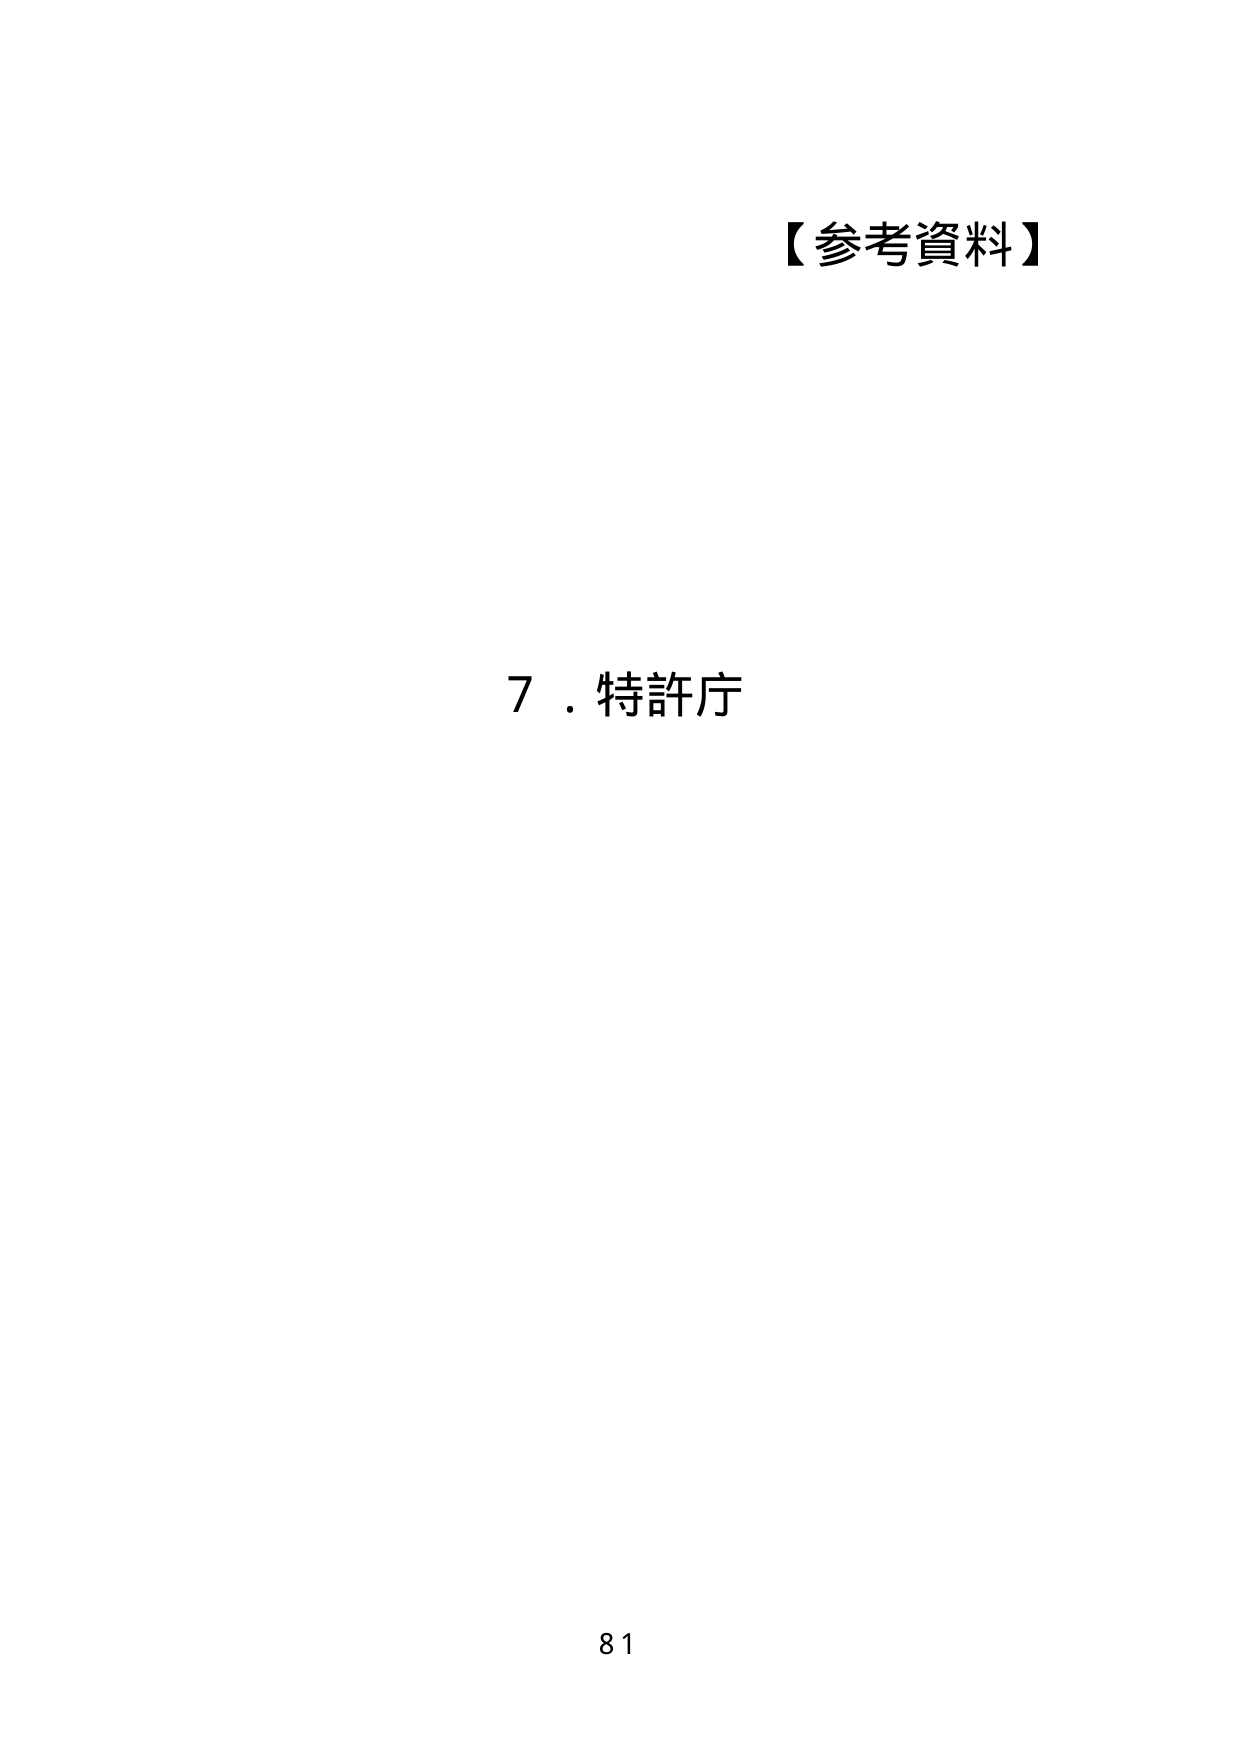
【参考資料】
7．特許庁
81